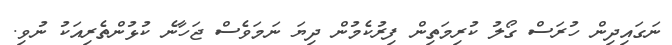
ނަގައިދިން ހުރަސް ގޯލު ކުރިމަތިން ފިރުކެމުން ދިޔަ ނަމަވެސް ޖަހާނެ ކުޅުންތެރިއަކު ނުވި.